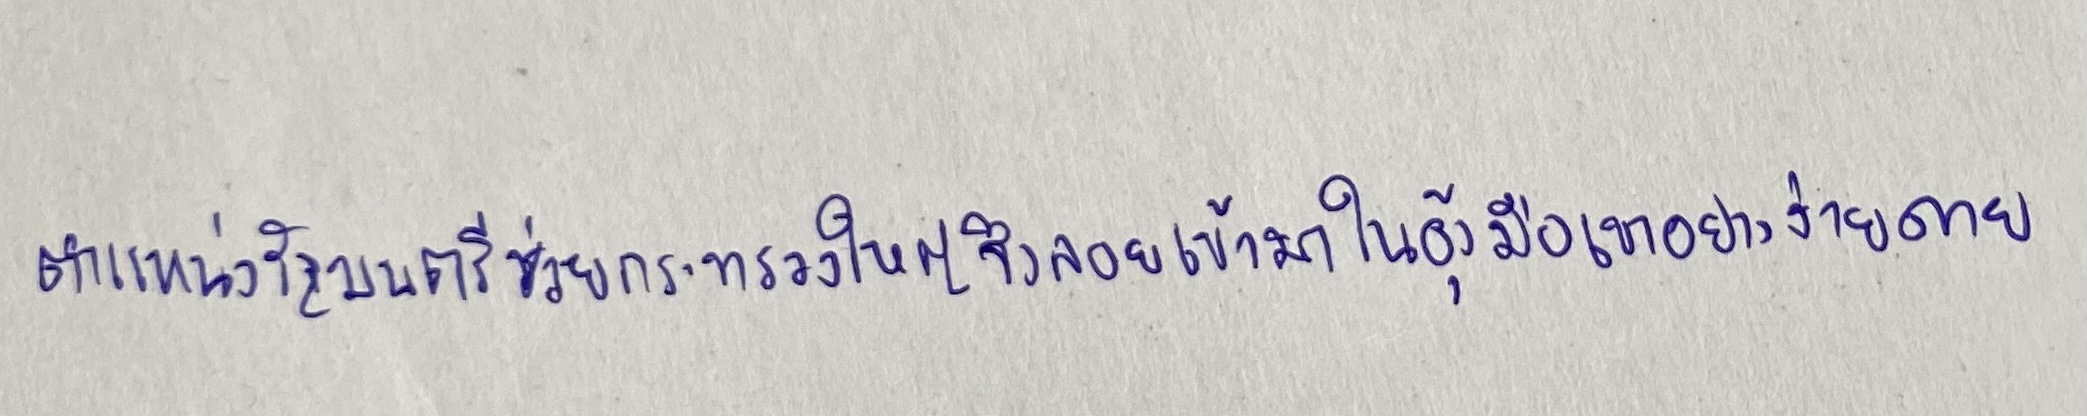
ตำแหน่งรัฐมนตรีช่วยกระทรวงใหญ่จึงลอยเข้ามาในอุ้งมือเขาอย่างง่ายดาย